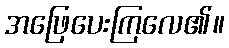
အဖြေပေးကြလေ၏။